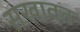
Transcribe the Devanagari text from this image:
सखावत